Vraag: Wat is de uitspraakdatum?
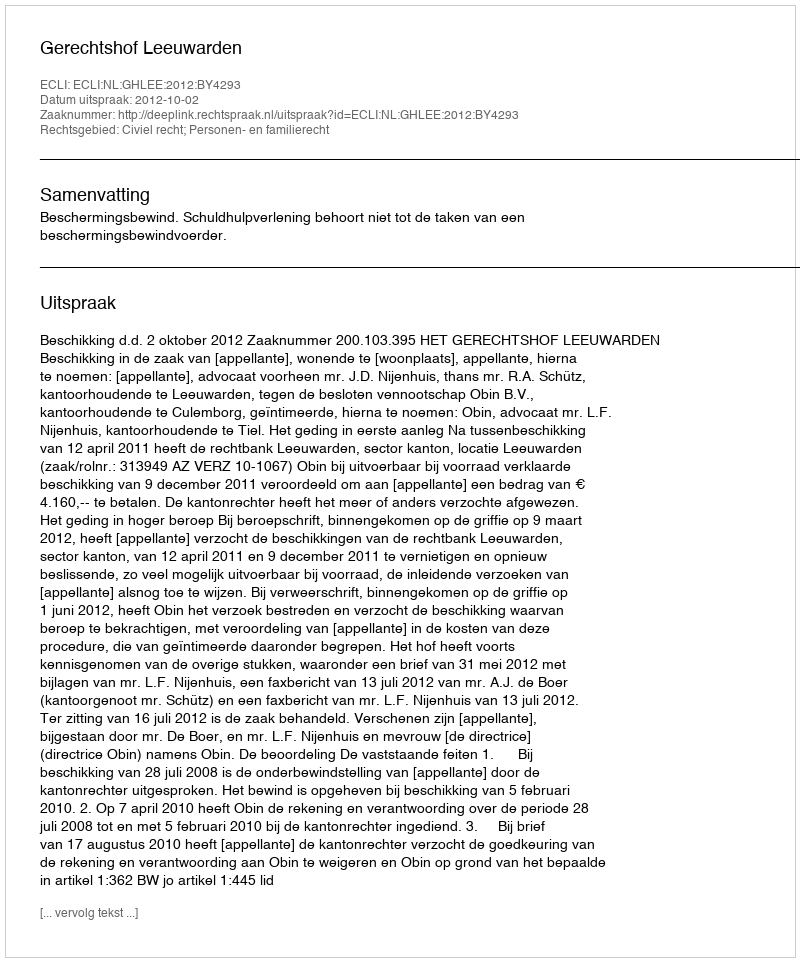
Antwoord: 2012-10-02